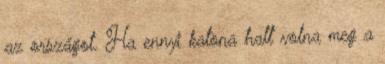
az országot. Ha ennyi katona halt volna meg a